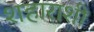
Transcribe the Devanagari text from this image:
शहाराशी